Vaccination United Provinces of Agra and Oudh 1923-1928 - 1923-1928
Year: 1923
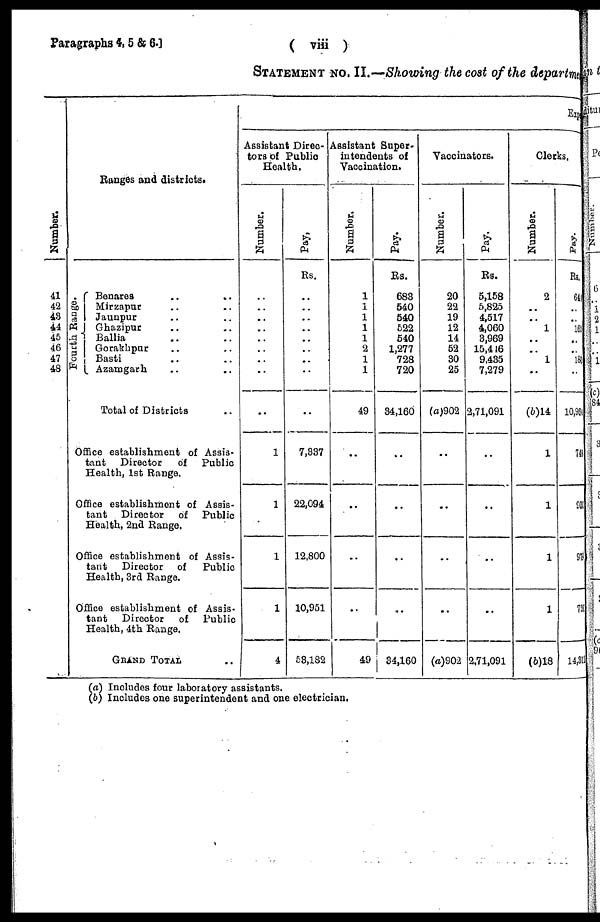
Paragraphs 4,5 & 6.]
(
viii)
STATEMENT No. II.—Showing the cost of the departme
Number.
41
42
43
44
45
46
47
43
Ranges and districts.
Fourth Range.
Benares .. ..
Mirzapur .. ..
Jaunpur .. ..
Ghazipur .. ..
Ballia .. ..
Gorakhpur .. ..
Basti .. ..
Azamgarh .. ..
Total of Districts ..
Office establishment of Assis-
tant
Director
of Public
Health, 1st Range.
Office establishment of Assis-
tant
Director
of Public
Health, 2nd Range.
Office establishment of Assis-
tant
Director
of
Public
Health, 3rd Range.
Office establishment of Assis-
tant
Director
of Public
Health, 4th Range.
GRAND TOTAL ..
Exp
Assistant Direc-
tors of Public
Health.
Number.
..
..
..
..
..
..
..
..
..
1
1
1
1
4
Pay.
.. .. .. .. .. .. .. ..
..
7,837
22,094
12,800
10,951
53,182
Assistant Super¬
intendents of
Vaccination.
Number.
1
1
1
1
1
2
1
1
49
..
..
..
..
49
Pay.
Rs.
683
540
540
522
540
1,277
728
720
34,160
..
..
..
..
34,160
Vaccinators.
Number.
20
22
19
12
14
52
30
25
(a)902
..
..
..
..
(a)902
Pay.
Rs.
5,158
5,825
4,517
4,060
3,969
15,446
9,435
7,279
2,71,091
..
..
..
..
2,71,091
Clerks.
Number.
2
..
..
1
..
..
1
..
(b)14
1
1
1
1
(b)18
Pay.
Rs.
644
..
..
165
..
..
180
..
10,964
748
900
979
720
14,311
(a) Includes four laboratory assistants.
(b) Includes one superintendent and one electrician.